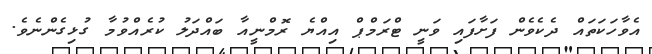
އެވާހަކަތައް ދެކެވެން ފަށާފައި ވަނީ ޓްރަމްޕްް އިއްޔެ ރޮމްނީއާ ބައްދަލު ކުރެއްވުމާ ގުޅިގެންނެވެ.